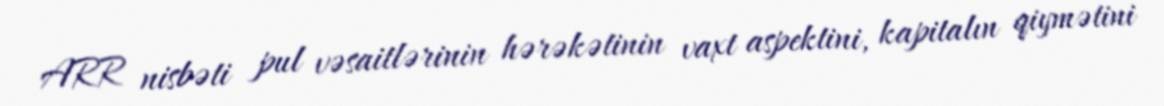
ARR nisbəti pul vəsaitlərinin hərəkətinin vaxt aspektini, kapitalın qiymətini